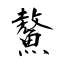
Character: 鰲